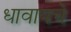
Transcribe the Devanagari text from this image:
धावायचे